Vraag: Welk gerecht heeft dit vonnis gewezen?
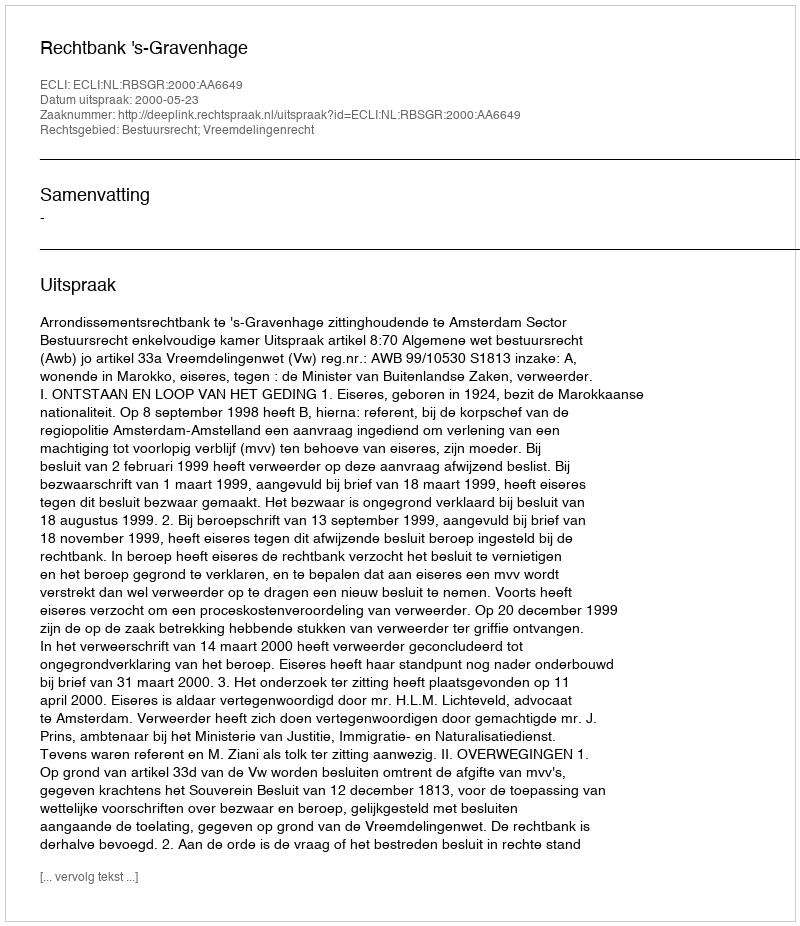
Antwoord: Rechtbank 's-Gravenhage